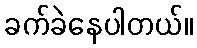
ခက်ခဲနေပါတယ်။